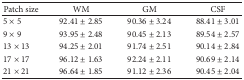
<table><thead><tr><td><b> Patch size </b></td><td><b> WM </b></td><td><b> GM </b></td><td><b> CSF </b></td></tr></thead><tbody><tr><td>5 × 5</td><td>92.41 ± 2.85</td><td>90.36 ± 3.24</td><td>88.41 ± 3.01</td></tr><tr><td>9 × 9</td><td>93.95 ± 2.48</td><td>90.45 ± 2.13</td><td>89.54 ± 2.57</td></tr><tr><td>13 × 13</td><td>94.25 ± 2.01</td><td>91.74 ± 2.51</td><td>90.14 ± 2.84</td></tr><tr><td>17 × 17</td><td>96.12 ± 1.63</td><td>92.24 ± 2.11</td><td>90.69 ± 2.14</td></tr><tr><td>21 × 21</td><td>96.64 ± 1.85</td><td>91.12 ± 2.36</td><td>90.45 ± 2.04</td></tr></tbody></table>